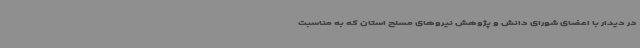
در دیدار با اعضای شورای دانش و پژوهش نیروهای مسلح استان که به مناسبت